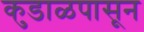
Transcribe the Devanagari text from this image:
कुडाळपासून